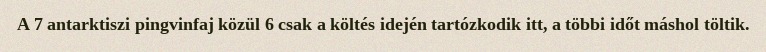
A 7 antarktiszi pingvinfaj közül 6 csak a költés idején tartózkodik itt, a többi időt máshol töltik.